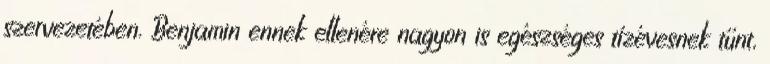
szervezetében. Benjamin ennek ellenére nagyon is egészséges tízévesnek tűnt,